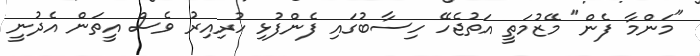
"މަންމާ ފެން" މޭޒުމަތީ އަތުޖެހޭ ހިސާބުގައި ފެންފުޅި ހުރިއިރު ވެސް އީތަން އެދުނީ